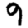
Digit: 9